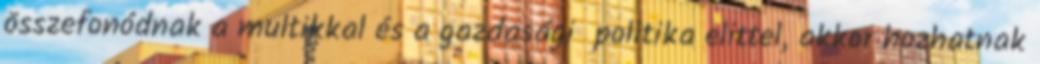
összefonódnak a multikkal és a gazdasági politika elittel, akkor hozhatnak